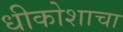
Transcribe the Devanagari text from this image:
धीकोशाचा